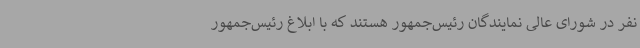
نفر در شورای عالی نمایندگان رئیس‌جمهور هستند که با ابلاغ رئیس‌جمهور